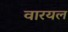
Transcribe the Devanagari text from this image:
वारयल